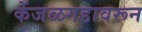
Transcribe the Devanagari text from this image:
केंजळगडावरून